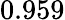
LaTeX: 0.959